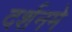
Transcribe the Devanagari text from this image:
दर्शनमे